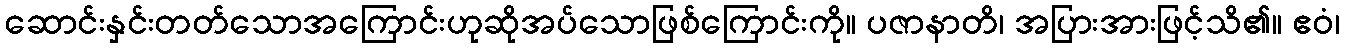
ဆောင်းနှင်းတတ်သောအကြောင်းဟုဆိုအပ်သောဖြစ်ကြောင်းကို။ ပဇာနာတိ၊ အပြားအားဖြင့်သိ၏။ ဧဝံ၊